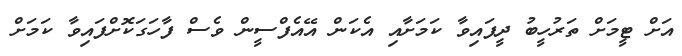
އަށް ޓީމަށް ތަރުހީބު ދީފައިވާ ކަމަށާއި އެކަން އޭއެފްސީން ވެސް ފާހަގަކޮށްފައިވާ ކަމަށް